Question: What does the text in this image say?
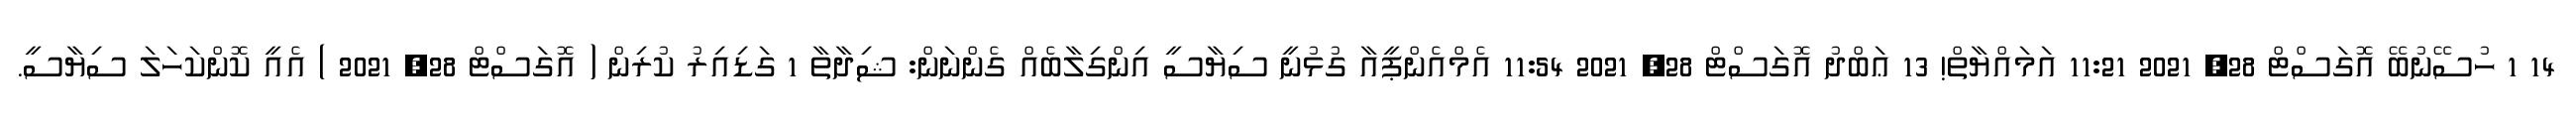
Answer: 14 1 ހުސޭނުބޭ އޮގަސްޓް 28, 2021 11:21 އަމައްޔާތް! 13 ޢަބްދު އޮގަސްޓް 28, 2021 11:54 އެމްއެންޕީއާ ގުޅުނީ ސިޔާސީ އިންގިލާބެއް ގެންނަން: ޝިދާތާ 1 ގަޑިއިރު ކުރިން ( އޮގަސްޓް 28, 2021 ) އެއީ ކޮންކަހަލަ ސިޔާސީ.